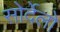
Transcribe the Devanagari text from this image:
सोर्देलो